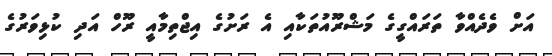
އަށް ވެދެއްވާ ތަރައްގީގެ މަޝްރޫއުތަކާއި އެ ރަށުގެ އިޖްތިމާއީ ރޫހް އަދި ކުޅިވަރުގެ